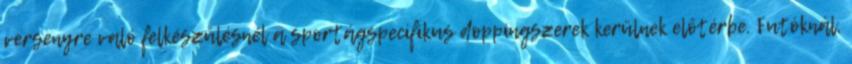
versenyre való felkészülésnél a sportágspecifikus doppingszerek kerülnek előtérbe. Futóknál,